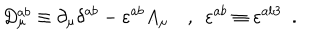
LaTeX: D _ { \mu } ^ { a b } \equiv \partial _ { \mu } \delta ^ { a b } - \varepsilon ^ { a b } A _ { \mu } \, \, \, \, \, \, , \, \, \, \varepsilon ^ { a b } \equiv \varepsilon ^ { a b 3 } \, \, \, .